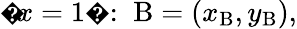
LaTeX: {\mathrm{�}}x=1{\mathrm{�}}:\; \mathrm{B}=(x_{\mathrm{B}},y_{\mathrm{B}}),